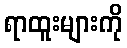
ရာထူးများကို